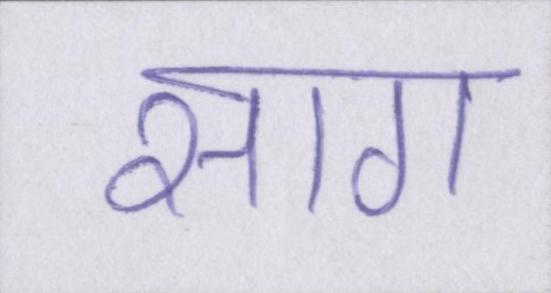
साग